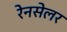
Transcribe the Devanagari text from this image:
रेनसेलर